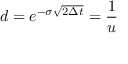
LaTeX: d = e ^ { - \sigma { \sqrt { 2 \Delta t } } } = { \frac { 1 } { u } }